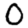
Digit: 0